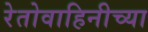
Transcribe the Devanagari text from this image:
रेतोवाहिनीच्या